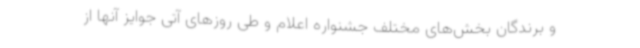
و برندگان بخش‌های مختلف جشنواره اعلام و طی روزهای آتی جوایز آنها از